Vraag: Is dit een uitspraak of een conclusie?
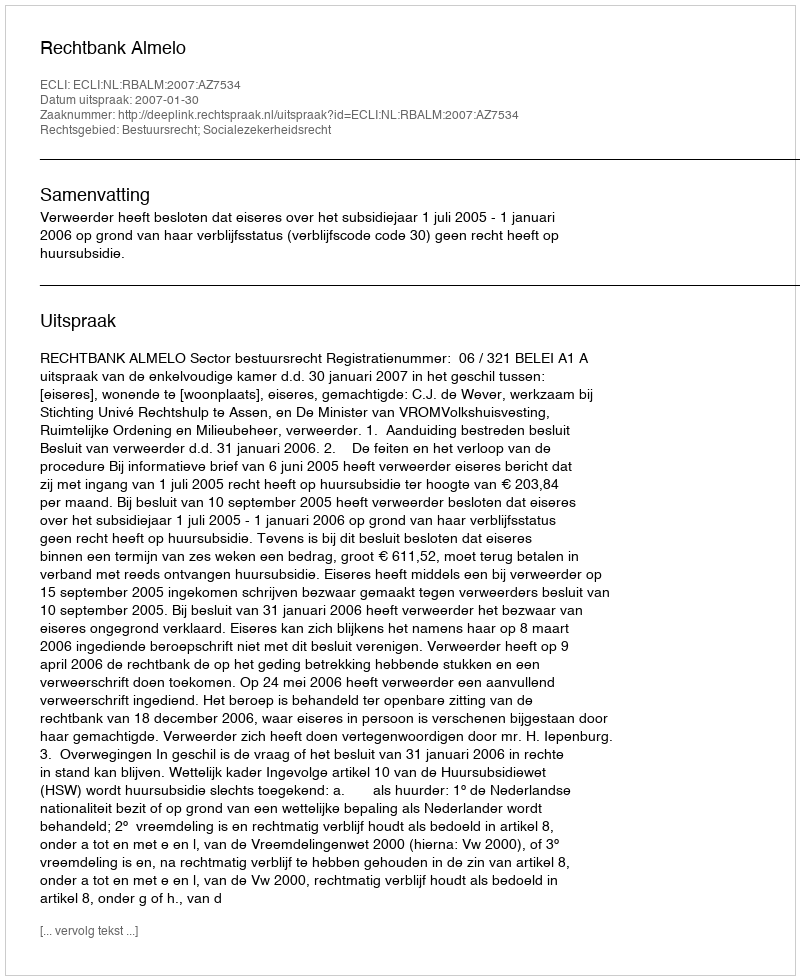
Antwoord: Uitspraak